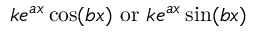
k e ^ { a x } \cos ( b x ) { \mathrm { ~ o r ~ } } k e ^ { a x } \sin ( b x )